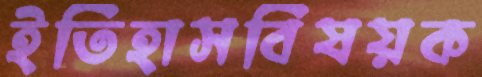
ইতিহাসবিষয়ক